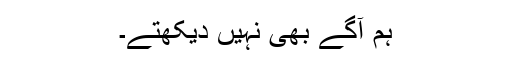
ہم آگے بھی نہیں دیکھتے۔